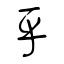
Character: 乎